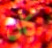
كان